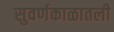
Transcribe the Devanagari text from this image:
सुवर्णकाळातली